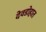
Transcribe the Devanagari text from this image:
देवडोहात